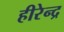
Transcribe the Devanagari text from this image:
हीरेन्द्र